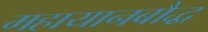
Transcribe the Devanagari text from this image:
महायानबौद्ध